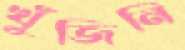
খুঁজিনি